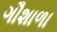
ગૌશાળા